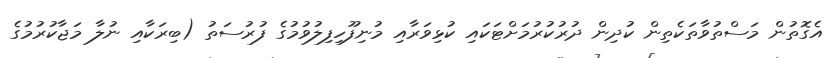
އެގޮތުން މަސްތުވާތަކެތިން ކުދިން ދުރުކުރުމަށްޓަކައި ކުޅިވަރާއި މުނިފޫހިފިލުވުމުގެ ފުރުސަތު (ބިރަކާއި ނުލާ މަޖާކުރުމުގެ